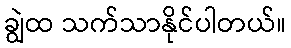
ချွဲထ သက်သာနိုင်ပါတယ်။